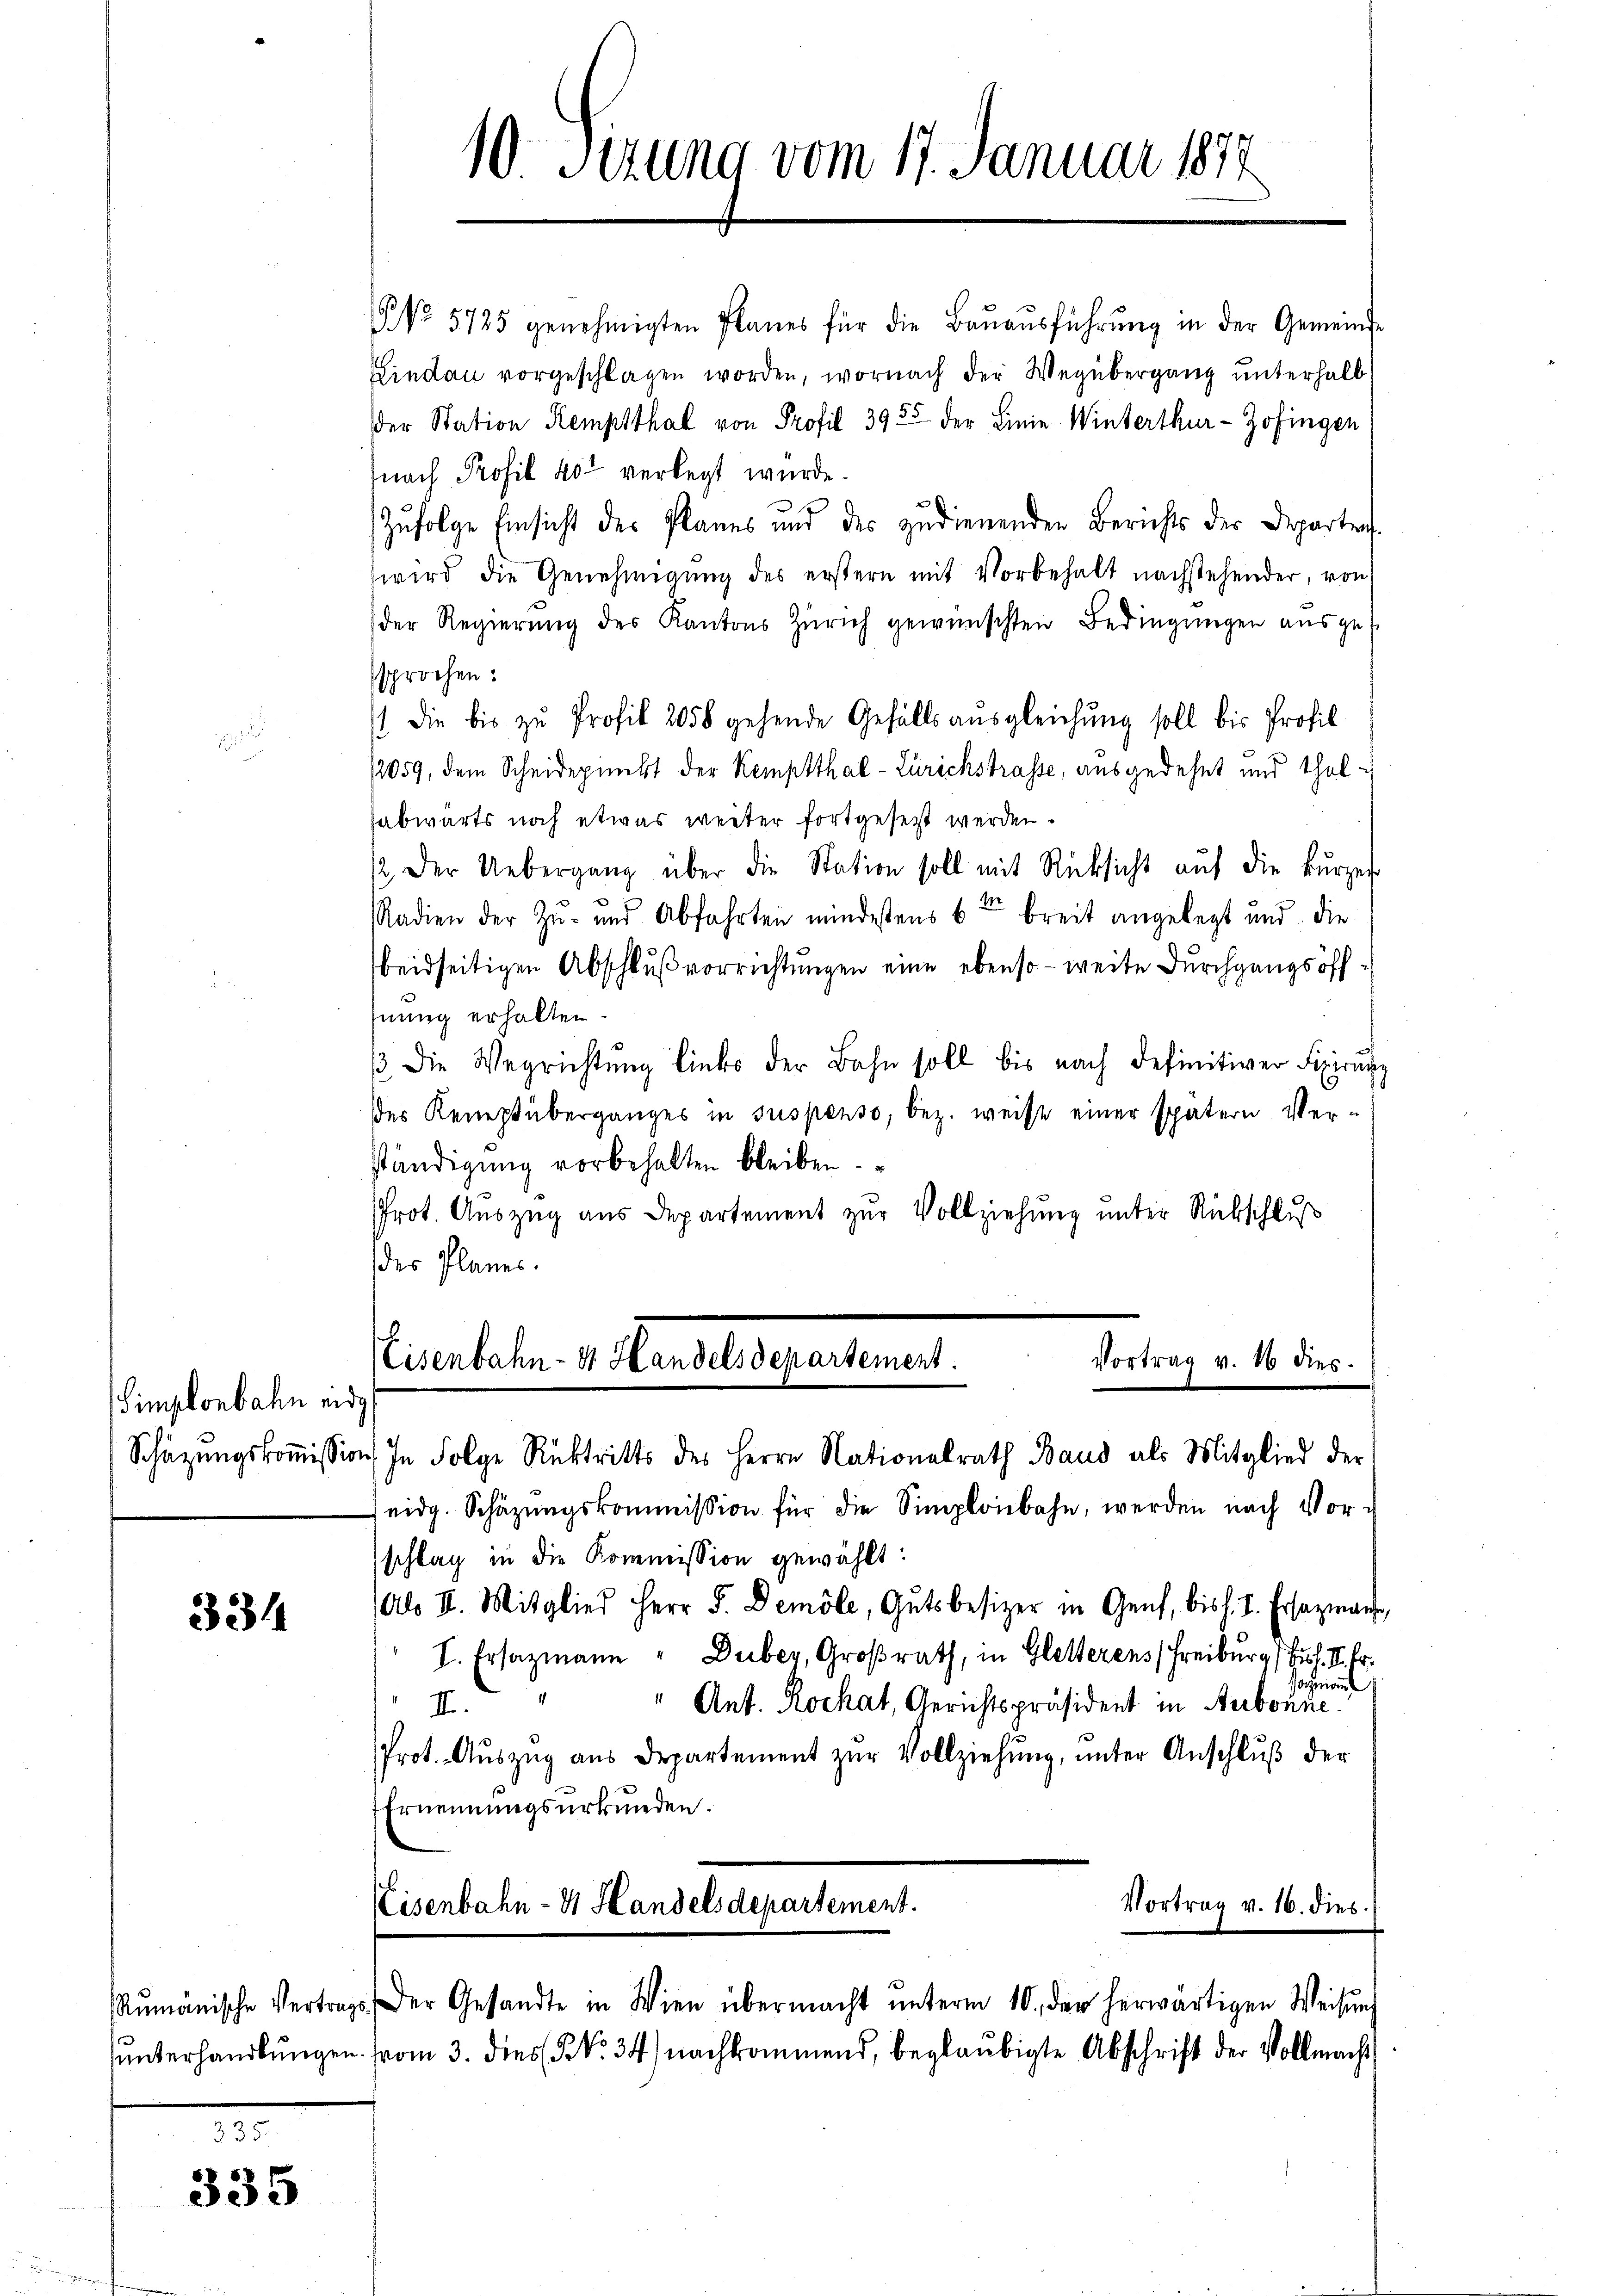
Simplonbahn eid

334

335

NNo. 5725 genehmigten Planes für die Baŭaŭsführŭng in der Gemeinde
Lindau vorgeschlagen worden, wornach der Wegübergang unterhalb
der Station Kemptthal von Profil 3955 der Linie Winterthur- Zofingen
nach Profil 402 verlegt wurde.
.
Zufolge Einsicht des Planes und des zudienenden Berichts der Departenwird die Genehmigŭng des erstern mit Vorbehalt nachstehender, von
(der Regierŭng des Kantons Zürich gewünschten Bedingungen ausges
sprochen:
st die bis zu Profil 2058 gehende Gefällsausgleichung soll bis Profil
2059, dem Scheidepunkt der Kemptthal-Zürichstrasse, ausgedehnt und Thalabwärts noch etwas weiter fortgesetzt werden.
12. Der Uebergang über die Station soll mit Rücksicht auf die kurzer
Radien der Zu- und Abfahrten mindestens 6ten breit angelegt und die
beidseitigen Abschluß vorrichtungen eine ebenso – weite durchgangs öffhnung erhalten.
/ die Wegrichtŭng liebe der Bahn soll bis nach definitiver Fixirung
des Reneptüberganges in suspenso, bez. weise einer spätern Verständigung vorbehalten bleiben.
Prot. Auszug aus Departement zur Vollziehung unter Rückschluß
des Planes.

10 Sizung vom 17. Januar 1874

Eisenbahn.- 4. Landel Departement.
Vortrag v. 16 dies

Schazungskoṁission, In Folge Rücktritts des Herrn Nationalrath Baus als Mitglied der
eidg. Schäzŭngskommission für die Simplonbahn, werden nach Vor-
schlag in die Kommission gewählt:
Abs II. Mitglied Herr F. Demole, Gutsbesizer in Genf, bis h. T. Ersazmache,
T. Ersazmann" Duber, Großrath, in Gletterens (Freiburg (Fuh. II. E.
sochmanne
" Ant. Rochat, Gerichtspräsident in Arbonne
4.
Prot. Aŭszŭg aŭs Departement zŭr Vollziehŭng ŭnter Anschlŭβ der
Ernennungsurkunden.

Vortrag v. 16. dies.
Eisenbahn- & Handelsdepartement.
Rŭmänische Vertrags. Der Gesandte in Wien übermacht ŭnterm 10. der herwärtigen Weisŭng
ŭnterhandlŭngen vom 3. dies §. 34) nachkommend, beglaubigte Abschrift der Vollmacht